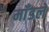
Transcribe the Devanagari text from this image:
माँडले